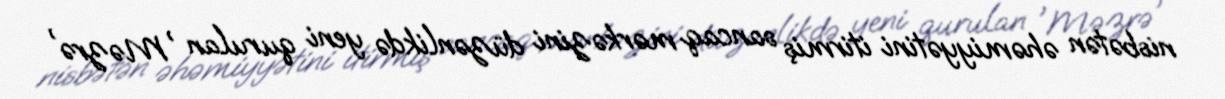
nisbətən əhəmiyyətini itirmiş sancaq mərkəzini düzənlikdə yeni qurulan 'Məzrə'